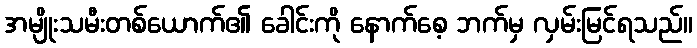
အမျိုးသမီးတစ်ယောက်၏ ခေါင်းကို နောက်စေ့ ဘက်မှ လှမ်းမြင်ရသည်။